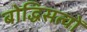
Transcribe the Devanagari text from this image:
बोद्धिसत्वों